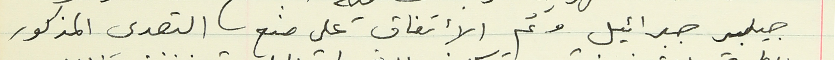
جيلبير جبرائيل وتم الأتفاق على منع  التصدي المذكور